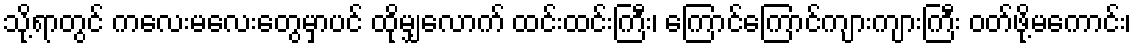
သို့ရာတွင် ကလေးမလေးတွေမှာပင် ထိုမျှလောက် ထင်းထင်းကြီး၊ ကြောင်ကြောင်ကျားကျားကြီး ဝတ်ဖို့မကောင်း၊